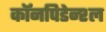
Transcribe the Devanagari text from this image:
कॉनपिडेन्श्ल